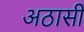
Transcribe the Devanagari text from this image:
अठासी